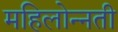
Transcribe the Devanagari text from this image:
महिलोन्नती